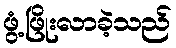
ဖွံ့ဖြိုးလာခဲ့သည်